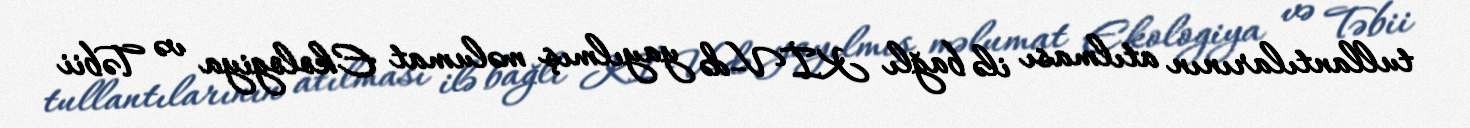
tullantılarının atılması ilə bağlı KİV-də yayılmış məlumat Ekologiya və Təbii